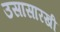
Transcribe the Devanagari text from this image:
उसासारखी